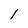
Character: l